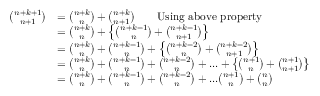
\begin{array} { r l } { \binom { n + k + 1 } { n + 1 } } & { = \binom { n + k } { n } + \binom { n + k } { n + 1 } \qquad \mathrm { U s i n g ~ a b o v e ~ p r o p e r t y } } \\ & { = \binom { n + k } { n } + \left\{ \binom { n + k - 1 } { n } + \binom { n + k - 1 } { n + 1 } \right\} } \\ & { = \binom { n + k } { n } + \binom { n + k - 1 } { n } + \left\{ \binom { n + k - 2 } { n } + \binom { n + k - 2 } { n + 1 } \right\} } \\ & { = \binom { n + k } { n } + \binom { n + k - 1 } { n } + \binom { n + k - 2 } { n } + . . . + \left\{ \binom { n + 1 } { n } + \binom { n + 1 } { n + 1 } \right\} } \\ & { = \binom { n + k } { n } + \binom { n + k - 1 } { n } + \binom { n + k - 2 } { n } + . . . \binom { n + 1 } { n } + \binom { n } { n } } \end{array}